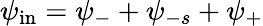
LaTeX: \psi_{\mathrm{in}}=\psi_{-}+\psi_{-s}+\psi_{+}